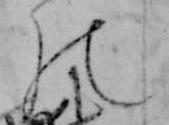
の